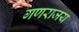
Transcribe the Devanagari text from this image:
गणराजय